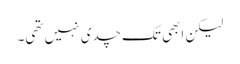
لیکن ابھی تک چدی نہیں تھی۔